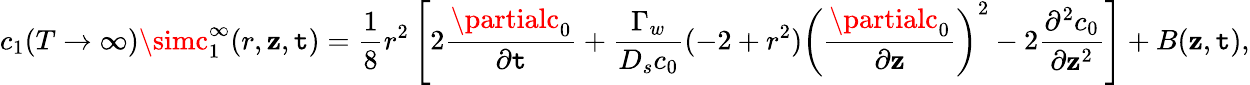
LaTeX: c_{1}(T\rightarrow\infty)\simc_{1}^{\infty}(r,\mathbf{z},\mathtt{t})=\frac{{1}}{{8}}r^{2}\left[2\frac{{\partialc_{0}}}{{\partial\mathtt{t}}}+\frac{{\Gamma_{w}}}{{D_{s}c_{0}}}(-2+r^{2})\left(\frac{{\partialc_{0}}}{{\partial\mathbf{z}}}\right)^{2}-2\frac{{\partial^{2}c_{0}}}{{\partial\mathbf{z}^{2}}}\right]+B(\mathbf{z},\mathtt{t}),